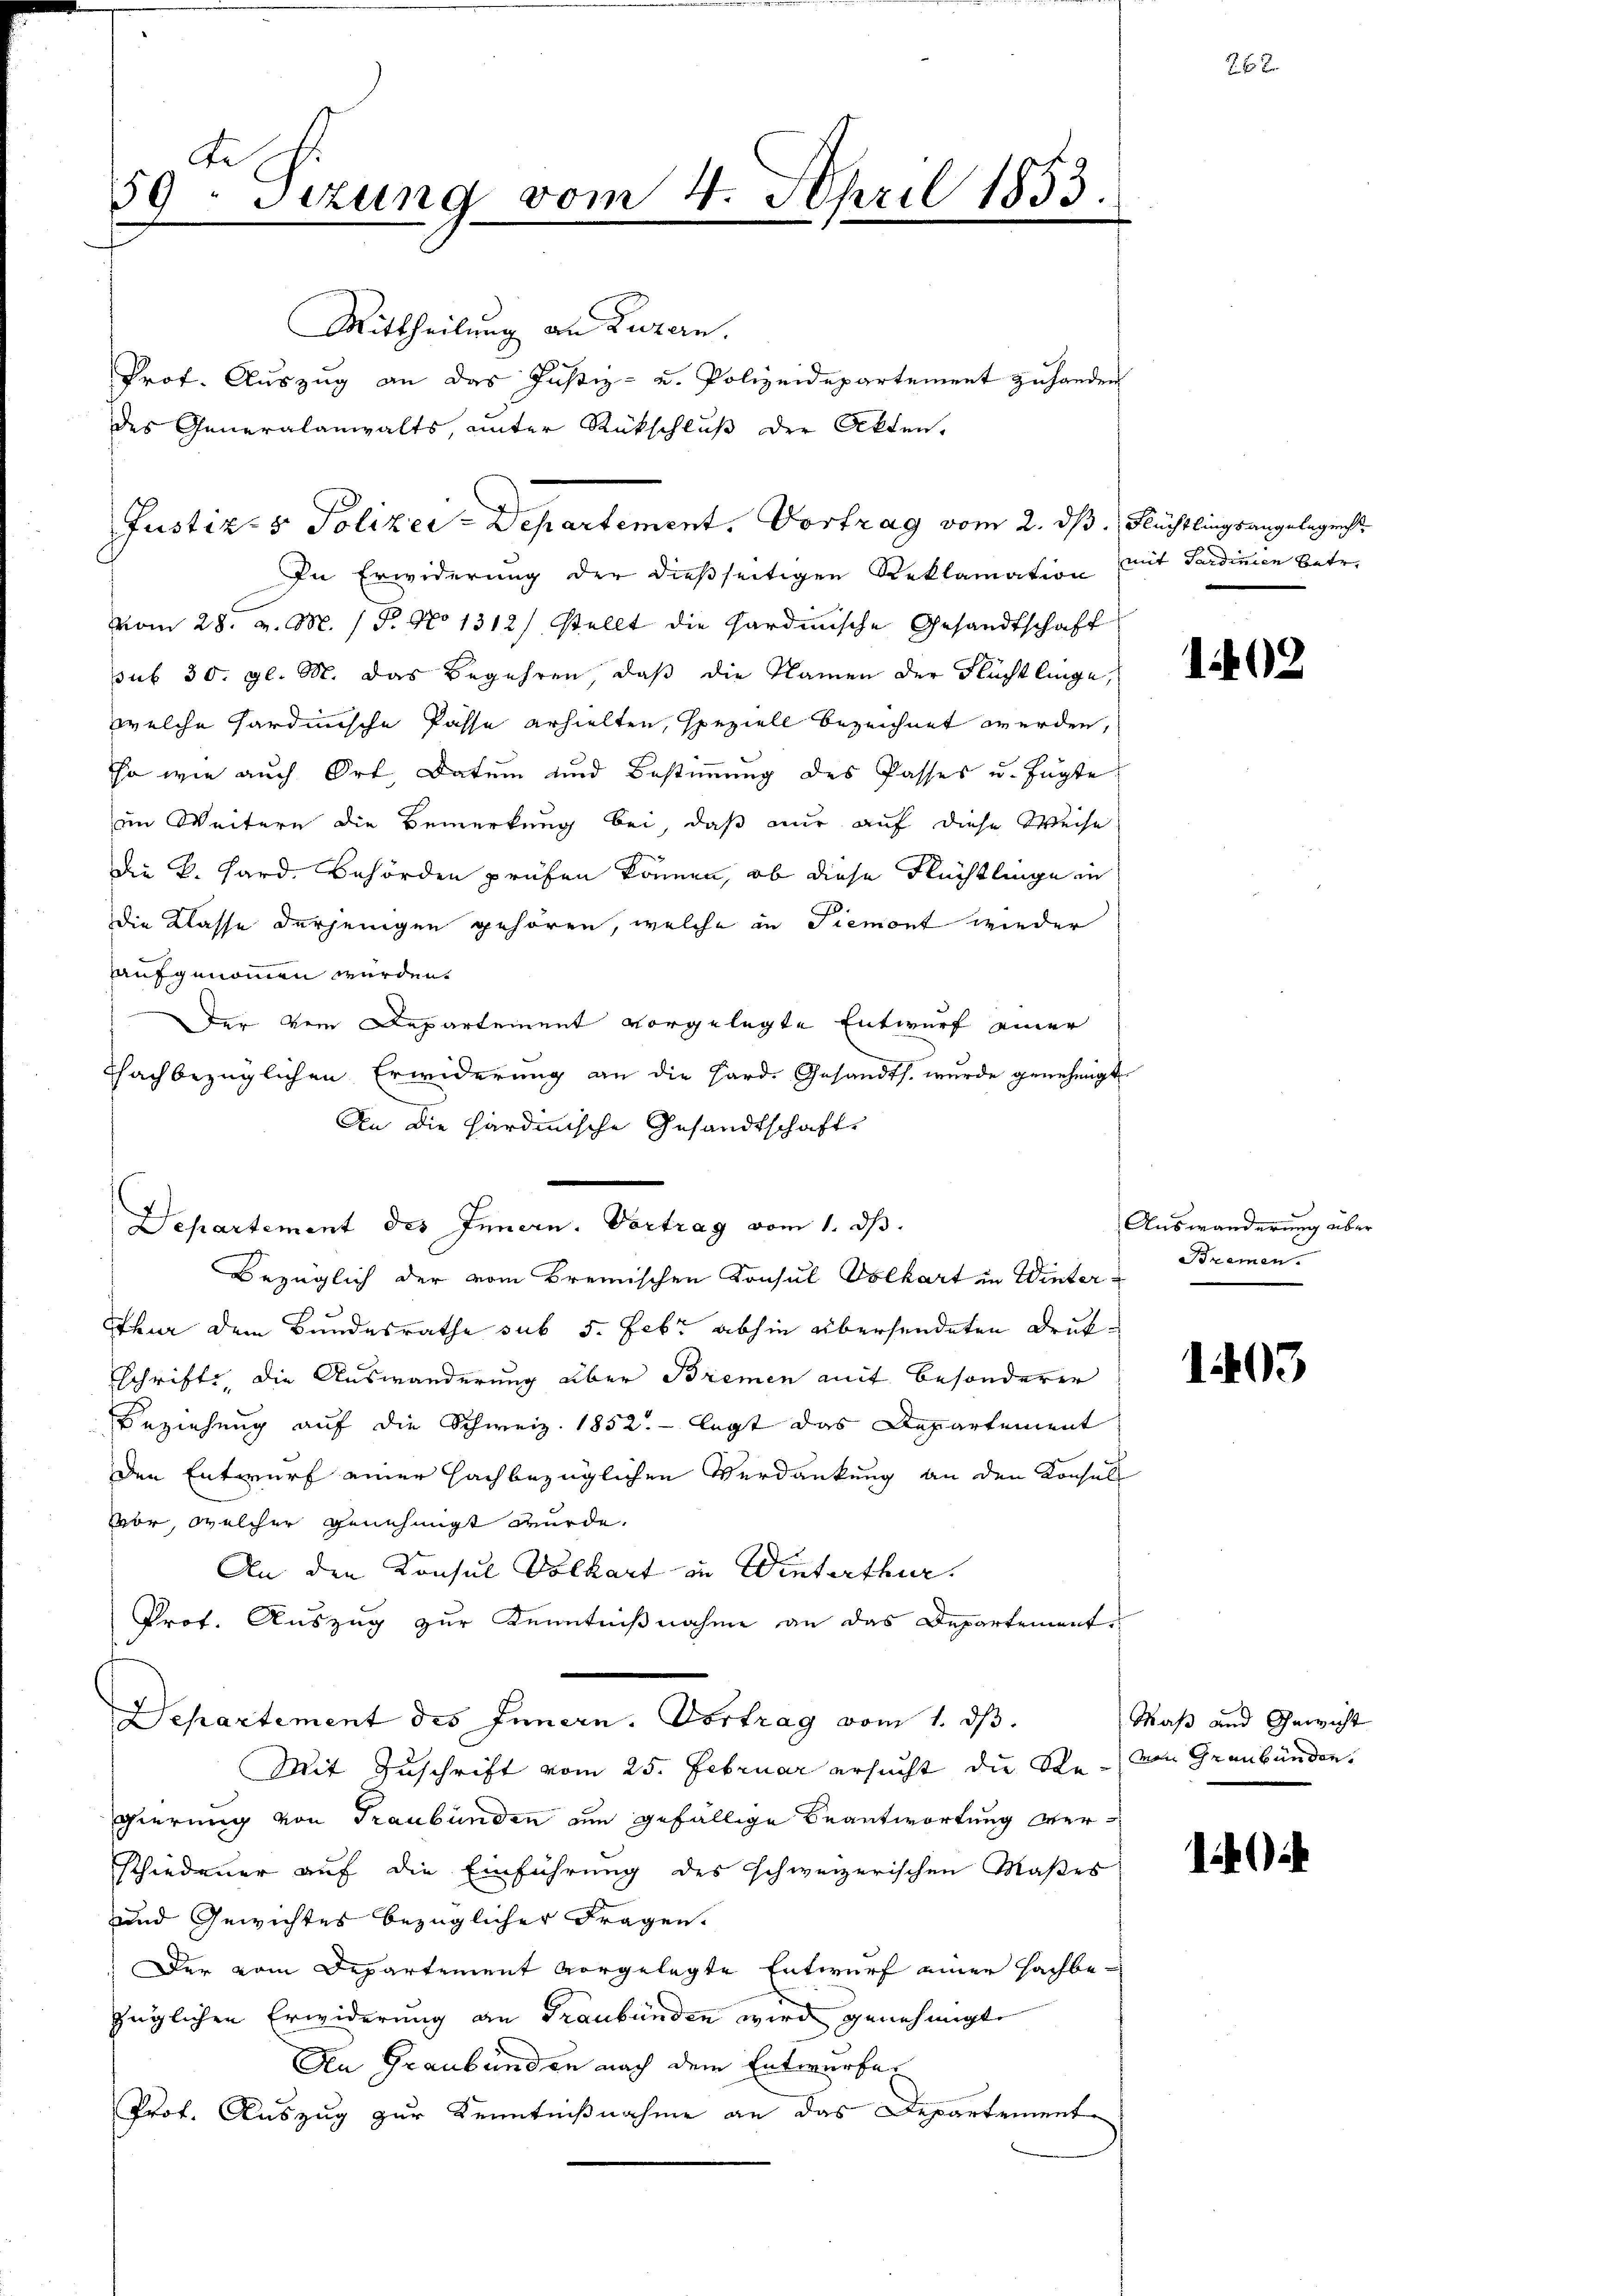
59. Sizung vom 4. April 1853.
e

Mittheilung an Luzern.
In Erwiderung der dießseitigen Reklamation mit Sardinien betr.
vom 28. v. M. / P. No 1312) stellt die Sardinische Gesandtschaft
sub 30. gl. M. das Begehren, daß die Namen der Flüchtlinge,
welche Sardinische Pässe erhielten, speziell bezeichnet werden,
so wie auch Ort, Datum und Bestimmung des Passes u. fügte
im Weitern die Bemerkung bei, daß nur auf diese Weise
die k. Hard. Behörden prüfen können, ob diese Flüchtlinge in
Die Klasse derjenigen gehören, welche in Piemont wieder
aufgenommen wurden.
Der vom Departement vorgelegte Entwurf einer
chachbezüglichen Erwiderung an die Hard. Gesandts. wurde genehmigt
An die Hardinische Gesandtschaft
Bezüglich der vom Bremischen Konsul Volkart in Winterthur dem Bundesrathe sub 5. Febr. abhin übersendeten Drukschrifte, die Auswanderung über Bremen mit besonderer
Beziehung auf die Schweiz. 1852. — legt das Departement
den Entwurf einer sachbezüglichen Verdankung an den Konsult
vor, welcher genehmigt wurde.
An den Konsul Volkart in Winterthur.
Prof. Auszug zur Kenntnißnahme an das Departement¬
Departement des Innern. Vortrag vom 1. dβ.
Mit Zuschrift vom 25. Februar ersucht, die Re-von Graubünden.
gierung von Graubünden am gefällige Beantwortung verschiedener auf die Einführung des schweizerischen Maßes
und Gewichtes bezüglicher Fragen.
Der vom Departement vorgelegte Entwurf einer Hachbezüglichen Erwiderung an Graubünden wird genehmigt.
An Graubünden nach dem Entwurfe
Prof. Auszug zur Kenntnißnahme an das Departemente

Prot. Auszug an das Justiz- u. Polizeidepartement zu handen
des Generalanwalts, unter Rückschluß der Akten.

Justiz- & Polizei-Departement. Vortrag vom 2. ds. Flüchtlingsangelegericht

Departement des Innern. Vortrag vom 1. dβ.

1402

Auswanderung über
Bremen.

1493

Maß und Gewicht

1